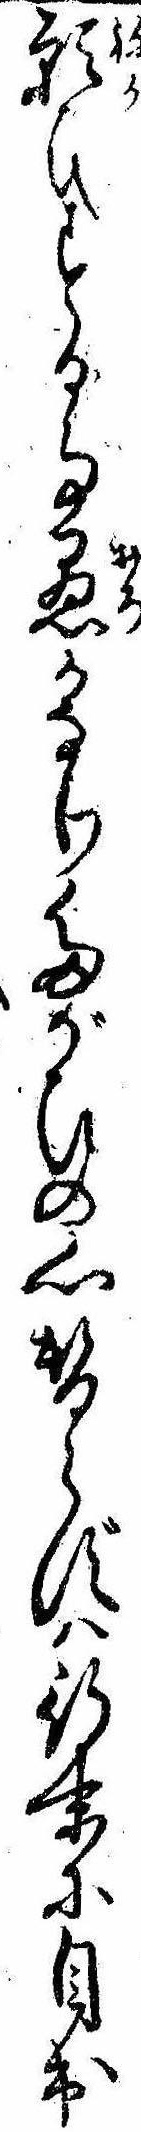
願ひする事愚かなりたがひの心替らずは行末に目出